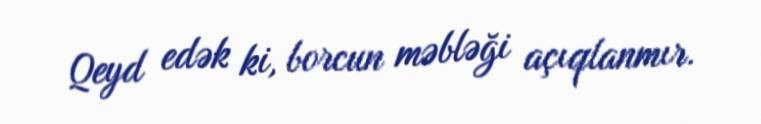
Qeyd edək ki, borcun məbləği açıqlanmır.